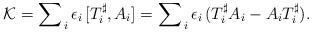
LaTeX: \begin{align*} {\cal K} =\sum\nolimits_{\,i} \epsilon_i\,[T^\sharp_i , A_i] =\sum\nolimits_{\,i} \epsilon_i\,(T^\sharp_i A_i - A_i T^\sharp_i).\end{align*}